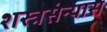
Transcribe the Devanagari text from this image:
शस्त्रसंन्यास